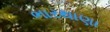
ભારથાણા